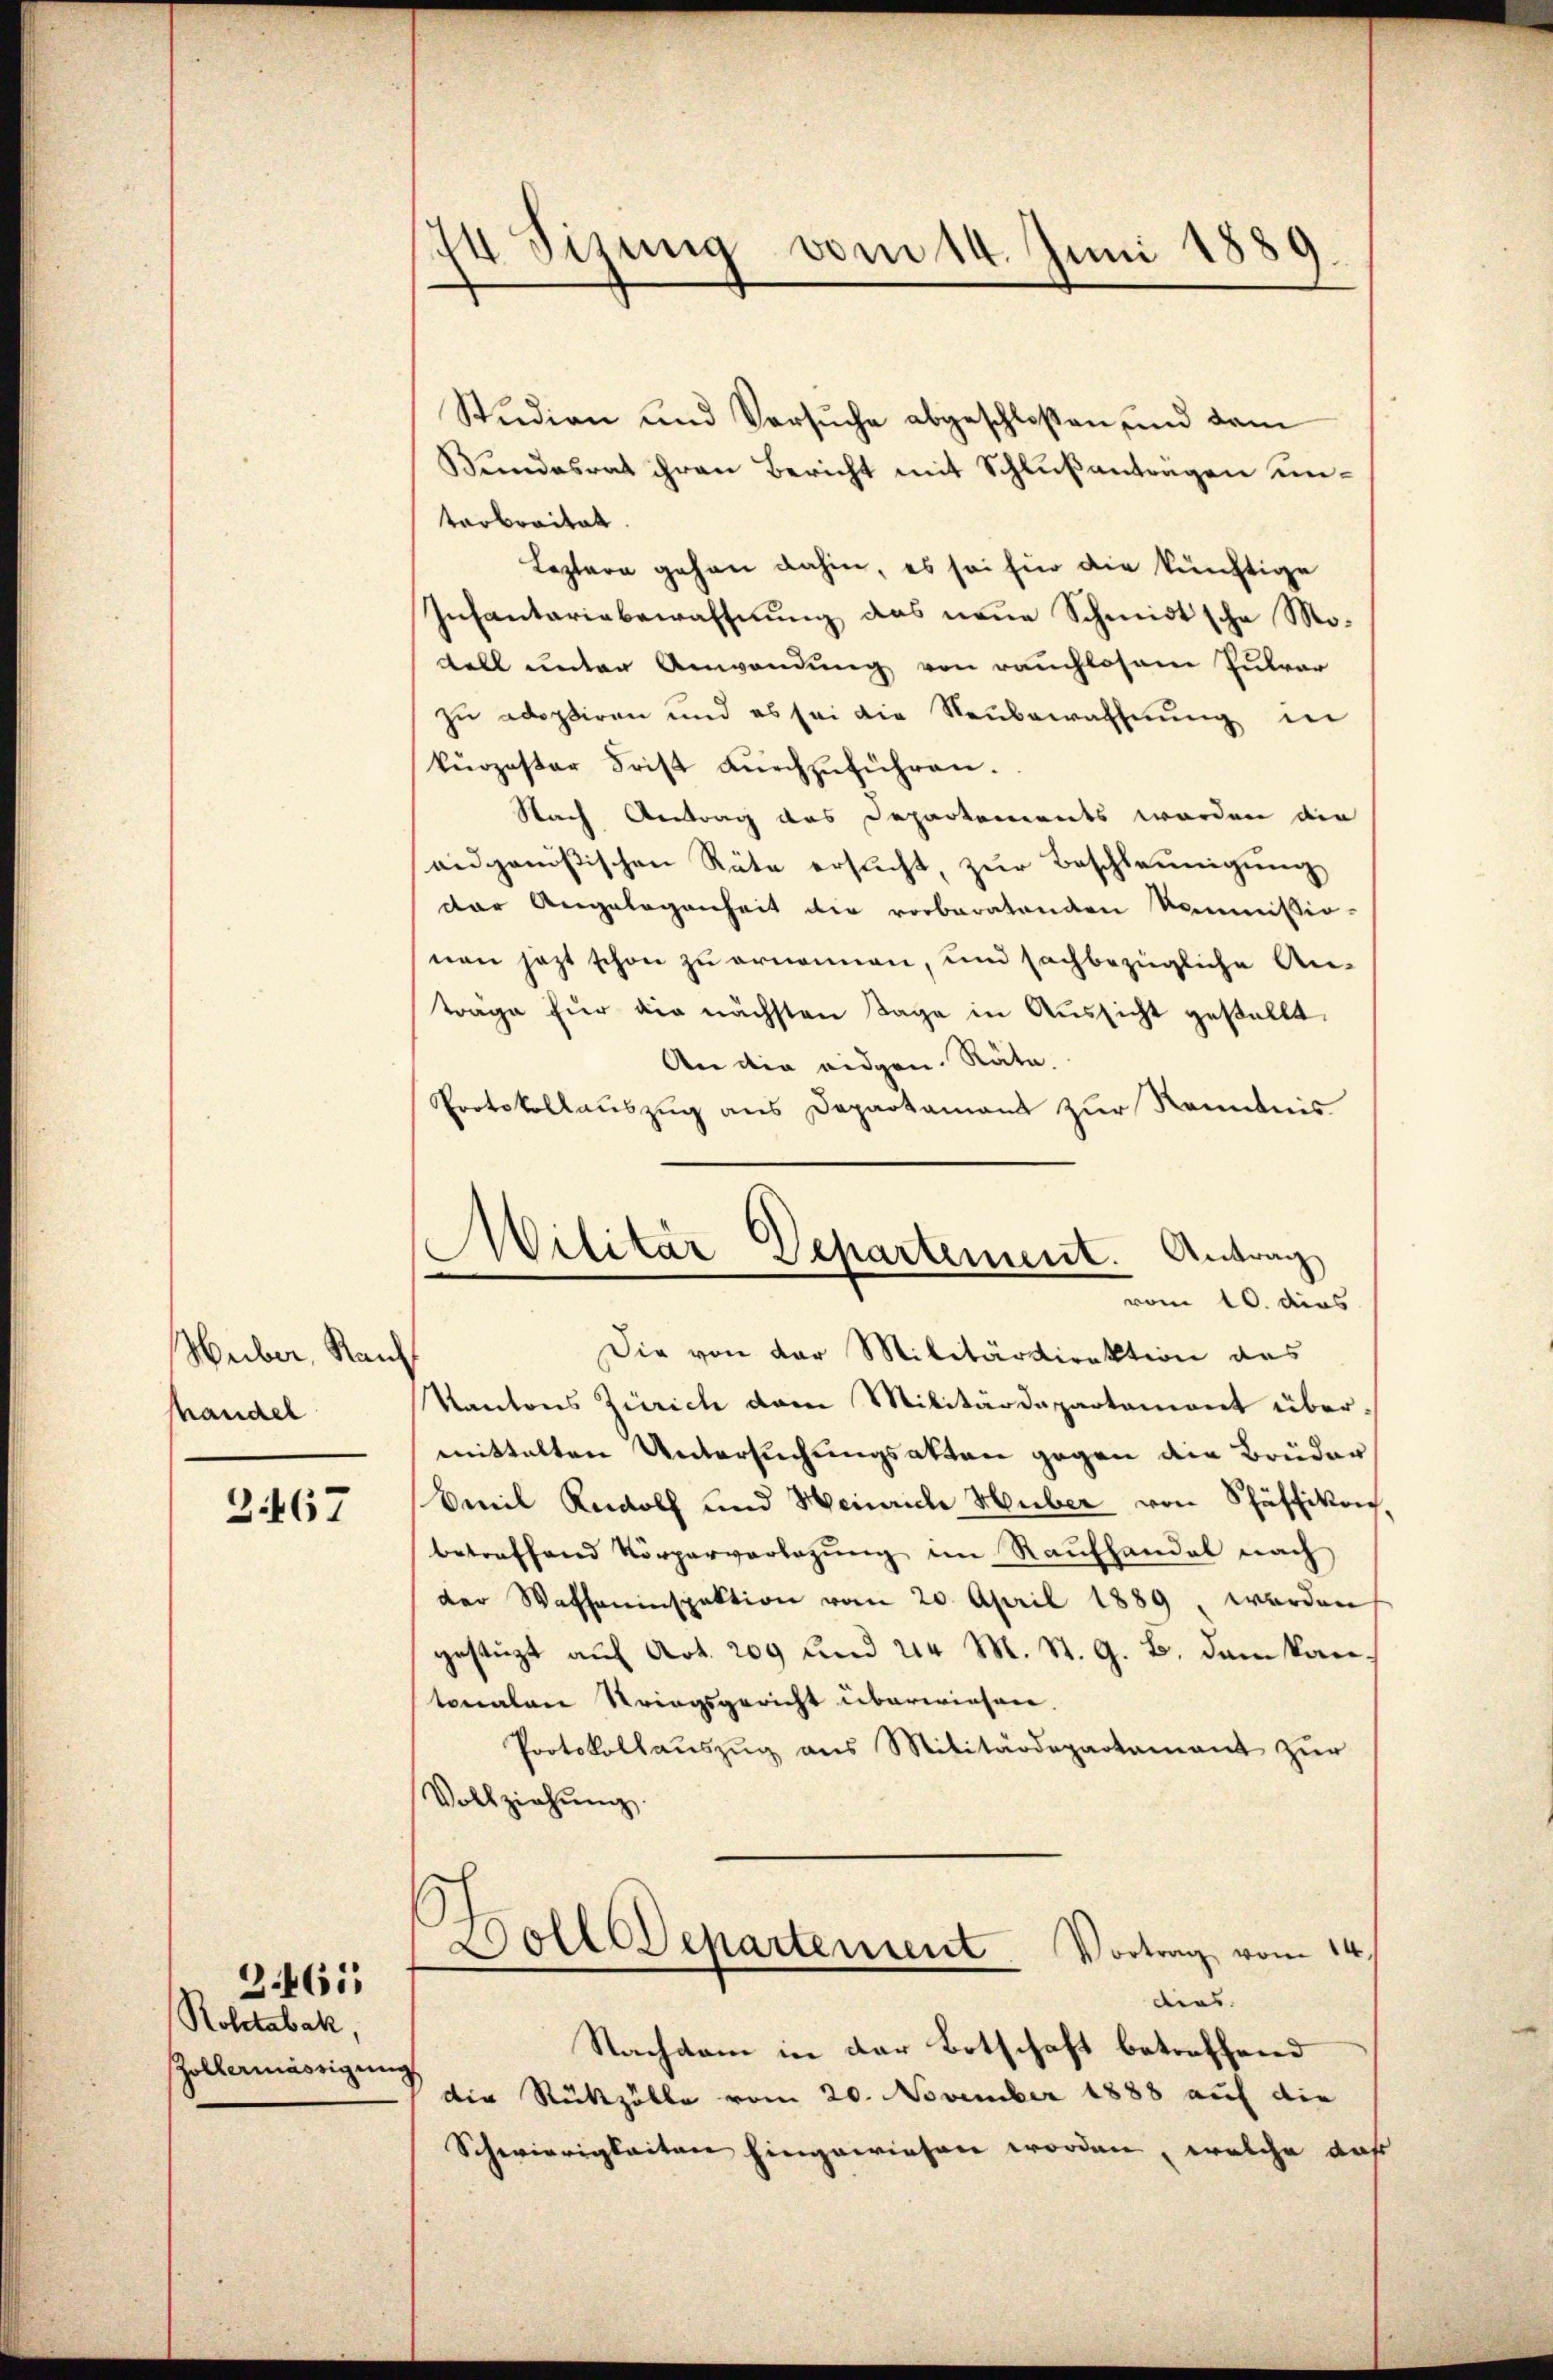
Huber, Rauf
handel

2467

Roletabak,
Zöllermässigun

3461

74 Sizung vom 14. Juni 1889.

Studien und Versuche abgeschloßen und dam
Bundesrat ihren Bericht mit Schlußanträgen unterbreitet.
Leztere gehen dahin, es sei für die künftige
Infantariabewaffnŭng das neŭe Schmidtsche Mo-
Fell unter Anwendung von rauchlosem Zular
zu adoptiren und es sei die Neubewahhnŭng in
kürzester Frist dŭrchzŭführen.
Nach Antrag des Departements worden die
eidgenößischen Räte ersŭcht zŭr Beschleunigung
dar Angelegenheit die vorberatenden Kommissio-
nen jezt schon zu ernennen, und sachbezügliche An-
träge für die nächsten Tage in Aussicht gestellt.
An die eidgen. Räte.
Protokollauszug aus Departamant zur Kenntnis
Die von der Militärdirektion des
Kantons Zürich dem Militärdepartament übermittelten Untersuchungsakten gegen die Brüder
Emil Rudolf und Heinrich Huber von Schäffikon
betreffend Körperverlegung im Raufhandel nach
der Waffeninspektion vom 20. April 1889, werden
gestüzt auf Art. 209 und 21. M. St. G. B. dem kantonalen Striegsgericht überwiesen.
Protokollauszug aus Militärdepartament zur
Vollziehung.
Doll Departement Vortrag vom 14.
dias.
Nachdem in der Botschaft betreffend
der Rückzölle vom 20. November 1888 auf die
Schwierigkeiten hingewiesen worden, welche auf

Militär Departement. Antrag
vom 10. dies